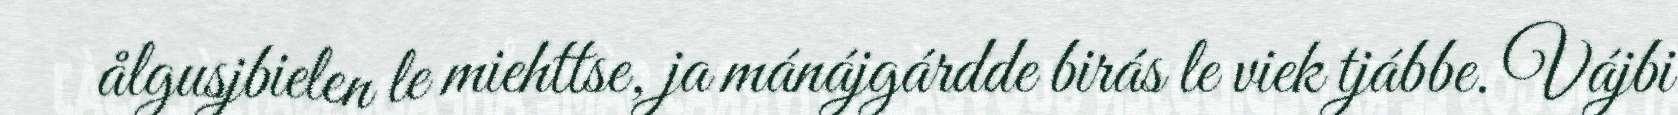
ålgusjbielen le miehttse, ja mánájgárdde birás le viek tjábbe. Vájbi